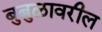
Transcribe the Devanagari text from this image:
बुबुळावरील